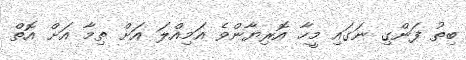
ބިތު ފަންގި ނަގައި މީހާ އޮރިޔާންވެ އަމިއްލަ އަށް ތިމާ އަށް އޮތް